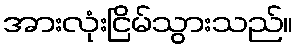
အားလုံးငြိမ်သွားသည်။